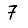
Digit: 7